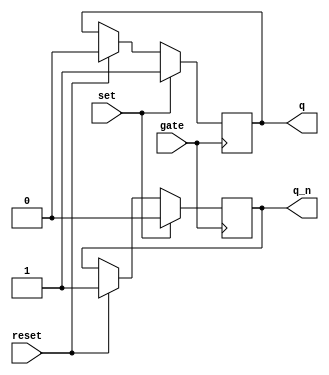
module gated_sr_ff (
    input set,
    input reset,
    input gate,
    output reg q,
    output reg q_n
);

always @(posedge gate) begin
    if (set) begin
        q <= 1;
        q_n <= 0;
    end else if (reset) begin
        q <= 0;
        q_n <= 1;
    end
end

endmodule